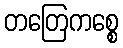
တတြေကစ္စေ